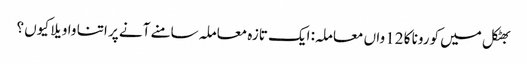
بھٹکل میں کورونا کا 12 واں معاملہ: ایک تازہ معاملہ سامنے آنے پر اتنا واویلا کیوں ؟